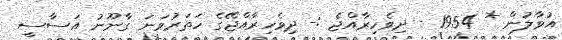
އުވާލުން * 1954 - ދިވެހިރާއްޖެ :- ދިވެހިރާއްޖޭގެ ހަތަރުވަނަ ގާނޫނު އަސާސީ